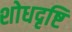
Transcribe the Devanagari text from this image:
शोधदृष्टि